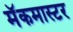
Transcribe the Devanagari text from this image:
मॅकमास्टर